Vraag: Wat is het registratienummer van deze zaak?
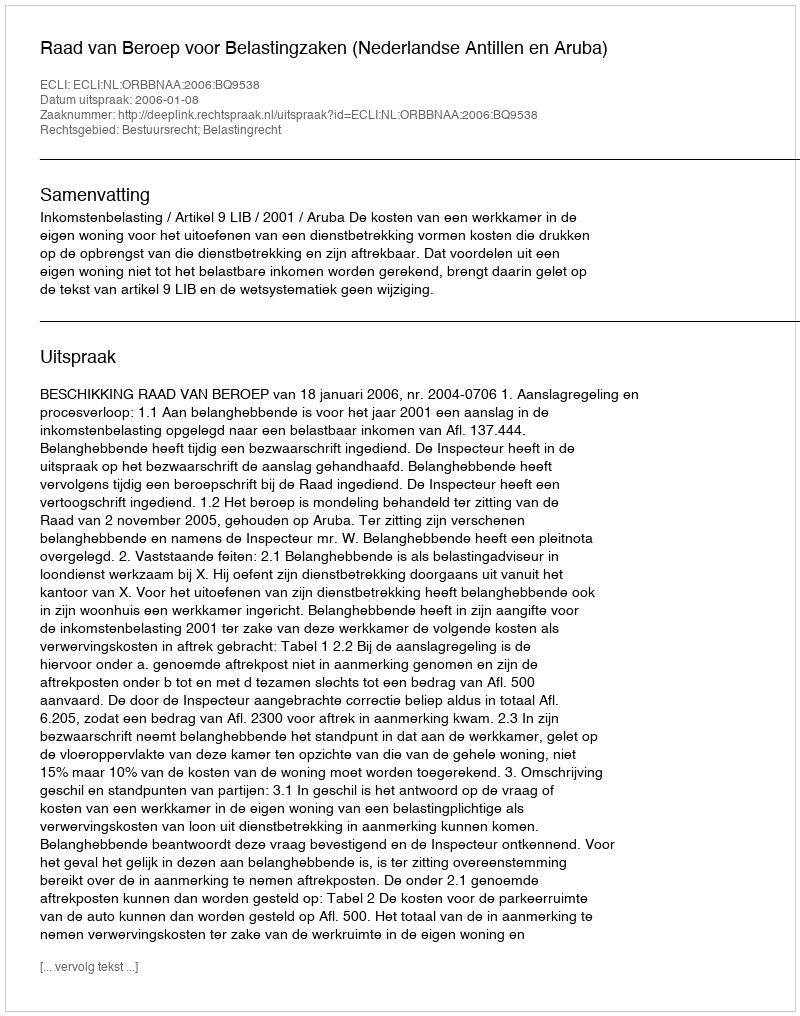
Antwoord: http://deeplink.rechtspraak.nl/uitspraak?id=ECLI:NL:ORBBNAA:2006:BQ9538